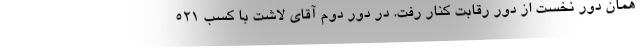
همان دور نخست از دور رقابت کنار رفت. در دور دوم آقای لاشت با کسب ۵۲۱